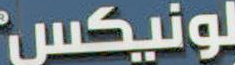
لونيكس